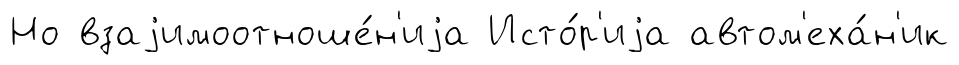
Но взаjимоотноше́н'иjа Исто́р'иjа автом'еха́н'ик